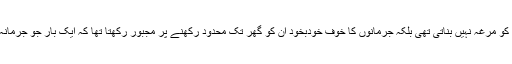
قانون پر عمل کروانے کے لیے پولیس ناکے لگا کر شہریوں کو مرغہ نہیں بناتی تھی بلکہ جرمانوں کا خوف خودبخود ان کو گھر تک محدود رکھنے پر مجبور رکھتا تھا کہ ایک بار جو جرمانہ ہوگیا اسے بھرنے کے سوا دوسری کوئی صورت نہیں تھی۔